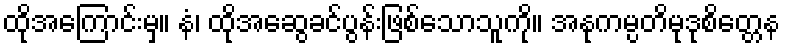
ထိုအကြောင်းမှ။ နံ၊ ထိုအဆွေခင်ပွန်းဖြစ်သောသူကို။ အနုကမ္ပတိမုဒုစိတ္တေန